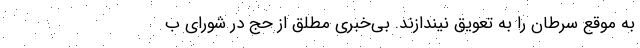
به موقع سرطان را به تعویق نیندازند. بی‌خبری مطلق از حج در شورای ب